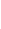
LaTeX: I\! \! \! \! \! \! \! \! \! \! \! \! _{\! \! \! \! \! \! \! \! \! \! \! \! \partial\! \! \! \! \! \! \! \! \! \! \! \! B}\! \! \! \! \! \! \! \! \! \! \! \! (Z\! \! \! \! \! \! \! \! \! \! \! \! _{\! \! \! \! \! \! \! \! \! \! \! \! \varepsilon\! \! \! \! \! \! \! \! \! \! \! \! ^{\! }\! \! \! \! \! \! \! \! \! \! \! *}\! \! \! \! \! \! \! \! \! \! \! \! )\! \! \! \! \! \! \! \! \! \! \! \! =\! \! \! \! \! \! \! \! \! \! \! \! 0\! \! \! \! \! \! \! \! \! \! \!